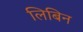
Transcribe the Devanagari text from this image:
लिबिन